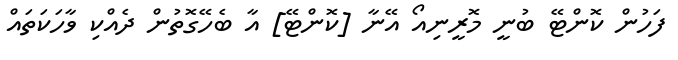
ފަހުން ކޮންޓޭ ބުނީ މޮރީނިއޯ އޭނާ [ކޮންޓޭ] އާ ބެހޭގޮތުން ދެއްކި ވާހަކަތައް